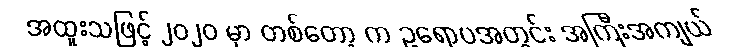
အထူးသဖြင့် ၂၀၂၀ မှာ တစ်တော့ က ဥရောပအတွင်း အကြီးအကျယ်